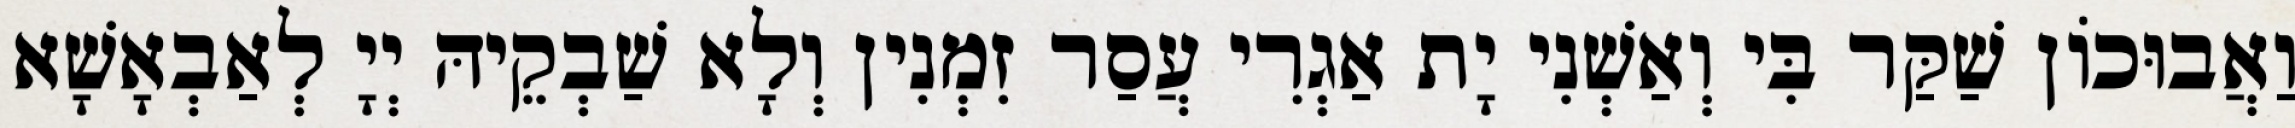
וַאֲבוּכוֹן שַׁקַּר בִּי וְאַשְׁנִי יָת אַגְרִי עֲסַר זִמְנִין וְלָא שַׁבְקֵיהּ יְיָ לְאַבְאָשָׁא